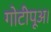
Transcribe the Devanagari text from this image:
गोटीपूअ।